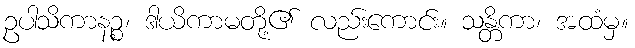
ဥပါသိကာနဉ္စ၊ ဒါယိကာမတို့၏ လည်းကောင်း။ သန္တိကာ၊ အထံမှ။